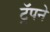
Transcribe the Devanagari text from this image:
ट्रॅपने